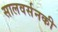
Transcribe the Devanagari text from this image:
सालवर्सनकी